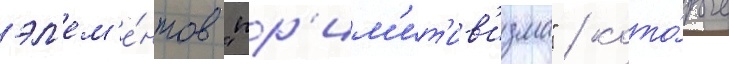
эл'ем'е́нтов "пр'им'ит'ив'изма" / кото́рые